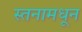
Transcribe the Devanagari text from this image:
स्तनामधून